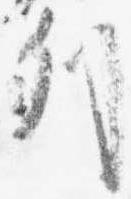
列